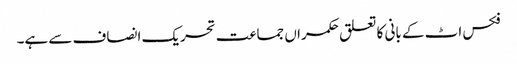
فکس اٹ کے بانی کا تعلق حکمراں جماعت تحریک انصاف سے ہے۔